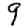
Digit: 9